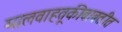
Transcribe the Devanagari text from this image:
मालवाहतूकीबाबतीत